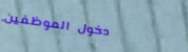
دخول الموظفين